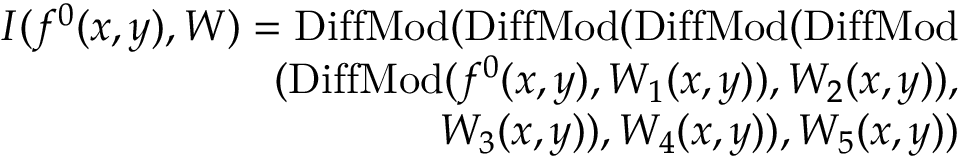
\begin{array} { r } { I ( f ^ { 0 } ( x , y ) , W ) = \mathrm { D i f f M o d } ( \mathrm { D i f f M o d } ( \mathrm { D i f f M o d } ( \mathrm { D i f f M o d } } \\ { ( \mathrm { D i f f M o d } ( f ^ { 0 } ( x , y ) , W _ { 1 } ( x , y ) ) , W _ { 2 } ( x , y ) ) , } \\ { W _ { 3 } ( x , y ) ) , W _ { 4 } ( x , y ) ) , W _ { 5 } ( x , y ) ) } \end{array}